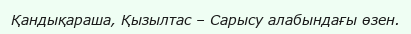
Қандықараша, Қызылтас – Сарысу алабындағы өзен.